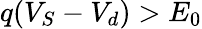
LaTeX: q(V_{S}-V_{d})>E_{0}